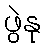
ဖွဲနု